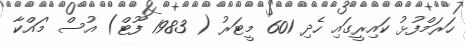
ހަރަމްފުޅު ކައިރީގައި ހެދި 601 މީޓަރު ( 1983 ފޫޓް) އުސް 'މައްކާ